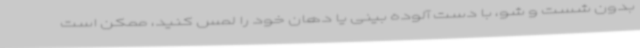
بدون شست و شو، با دست آلوده بینی یا دهان خود را لمس کنید، ممکن است